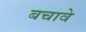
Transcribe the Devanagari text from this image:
बचावे